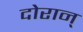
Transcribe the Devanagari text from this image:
दोरान्